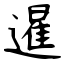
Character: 暹